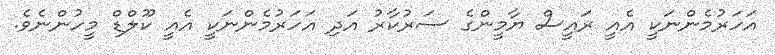
އަހަރުމެންނަކީ އެއީ ރައީސް ޔާމީންގެ ސަރުކާރު އަދި އަހަރުމެންނަކީ އެއީ ކޫލްޑް މީހުންނެވެ.